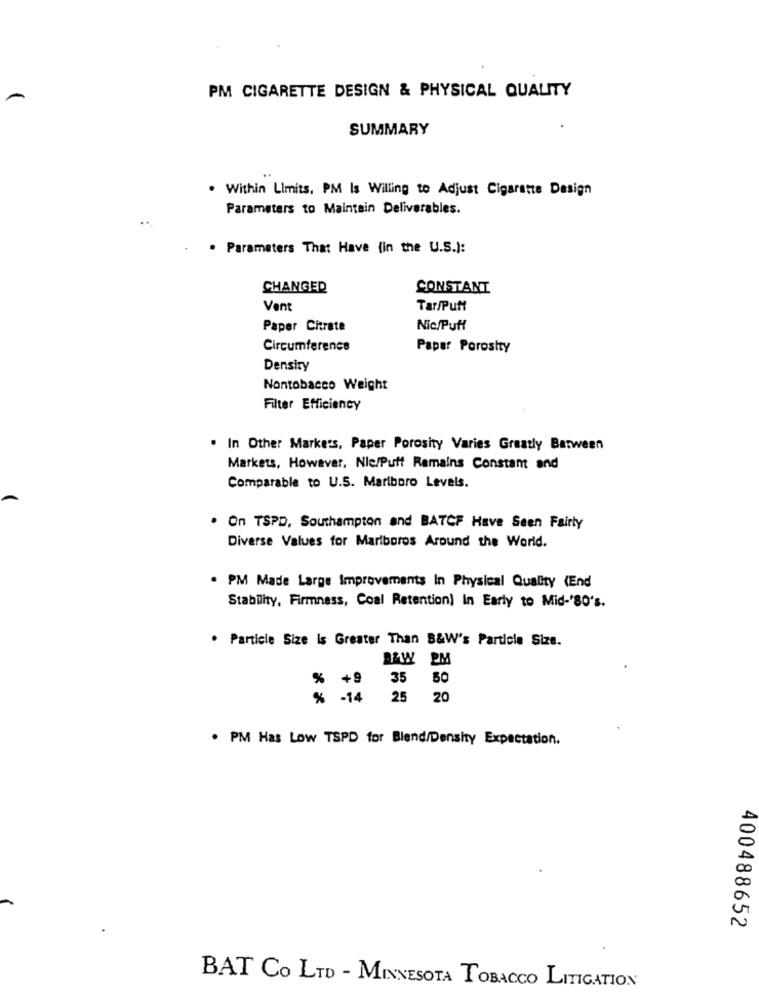
PM CIGARETTE DESIGN & PHYSICAL QUALITY
SUMMARY
. Within Limits, PM Is Willing to Adjust Cigarette Design
Parameters to Maintain Deliverables.
. Parameters That Have (in the U.S.):
CHANGED
CONSTANT
Vent
Tar/Puff
Paper Citrate
Nic/Puff
Circumference
Paper Porosity
Density
Nontobacco Weight
Filter Efficiency
. In Other Markets, Paper Porosity Varies Greatly Between
Markets, However, Nie/Puff Remains Constant and
Comparable to U.S. Mariboro Levels.
On TSPD, Southampton and BATCF Have Seen Fairly
Diverse Values for Mariboros Around the World.
. PM Made Large Improvements In Physical Quality (End
Stability, Firmness, Coal Retention) In Early to Mid-'80's.
. Particle Size Is Greater Than B&W's Particle Size.
&W PM
35 5
% +9
% -14 25 20
. PM Has Low TSPD for Blend/Density Expectation.
400488652
BAT CO LTD - MINNESOTA TOBACCO LITIGATION